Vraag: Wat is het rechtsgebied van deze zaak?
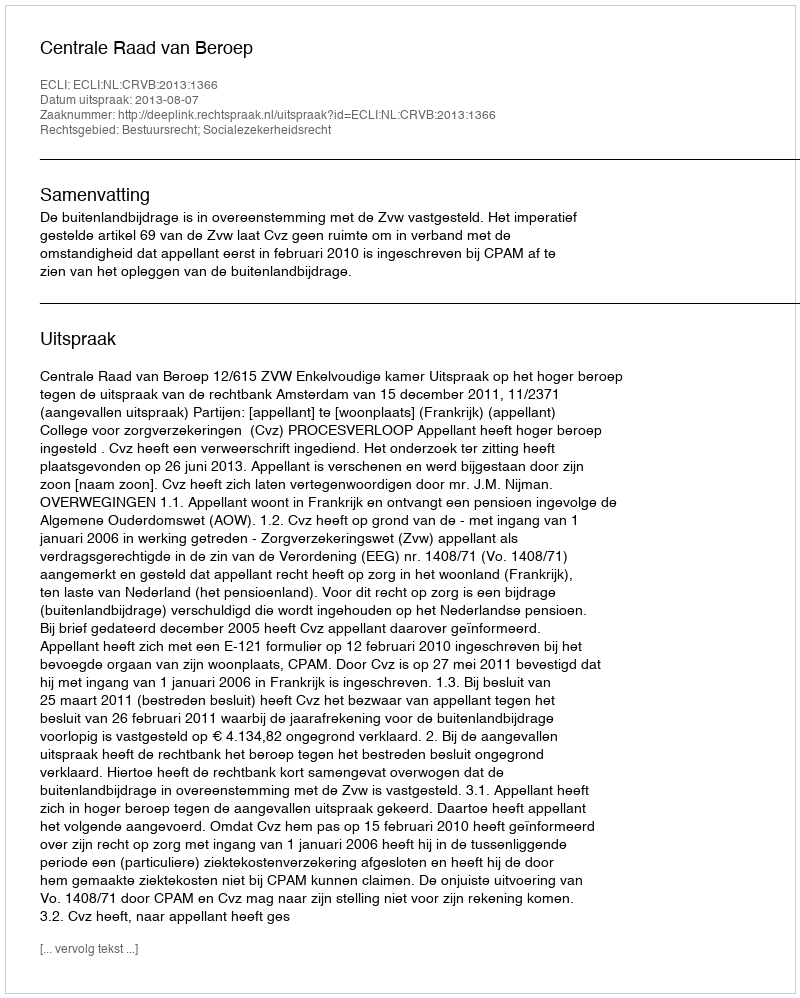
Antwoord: Bestuursrecht; Socialezekerheidsrecht